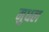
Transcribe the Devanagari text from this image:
मुधल